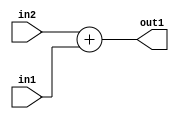
`timescale 1ps / 1ps
/*****************************************************************************
    Verilog RTL Description
    
    
    Created by: Stratus DpOpt 21.05.01 
*******************************************************************************/

module SobelFilter_Add_4Ux2U_5U_1 (
	in2,
	in1,
	out1
	); /* architecture "behavioural" */ 
input [3:0] in2;
input [1:0] in1;
output [4:0] out1;
wire [4:0] asc001;

assign asc001 = 
	+(in2)
	+(in1);

assign out1 = asc001;
endmodule

/* CADENCE  ubD3SAA= : u9/ySxbfrwZIxEzHVQQV8Q== ** DO NOT EDIT THIS LINE ******/